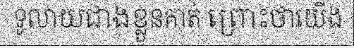
ទូលាយជាងខ្លួនគាត់ ព្រោះថាយើង